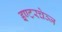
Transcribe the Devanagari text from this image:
इण्टरचेञ्ज